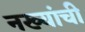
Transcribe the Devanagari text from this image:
नख्यांची